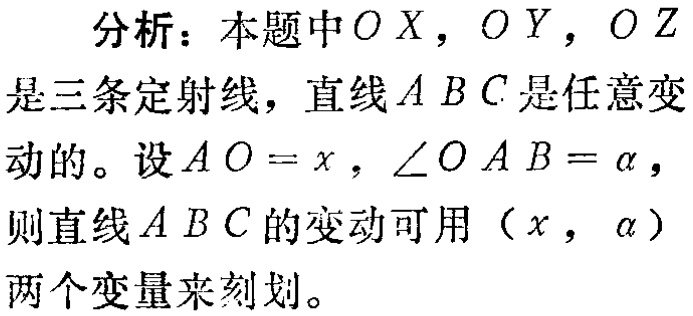
分析：本题中\(OX\)，\(OY\)，\(OZ\)是三条定射线，直线\(ABC\)是任意变动的。设\(AO = x\)，\(\angle OAB=\alpha\)，则直线\(ABC\)的变动可用\((x,\alpha)\)两个变量来刻划。